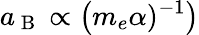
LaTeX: a_{\mathrm{~B~}}\propto\left(m_{e}\alpha)^{-1}\right)